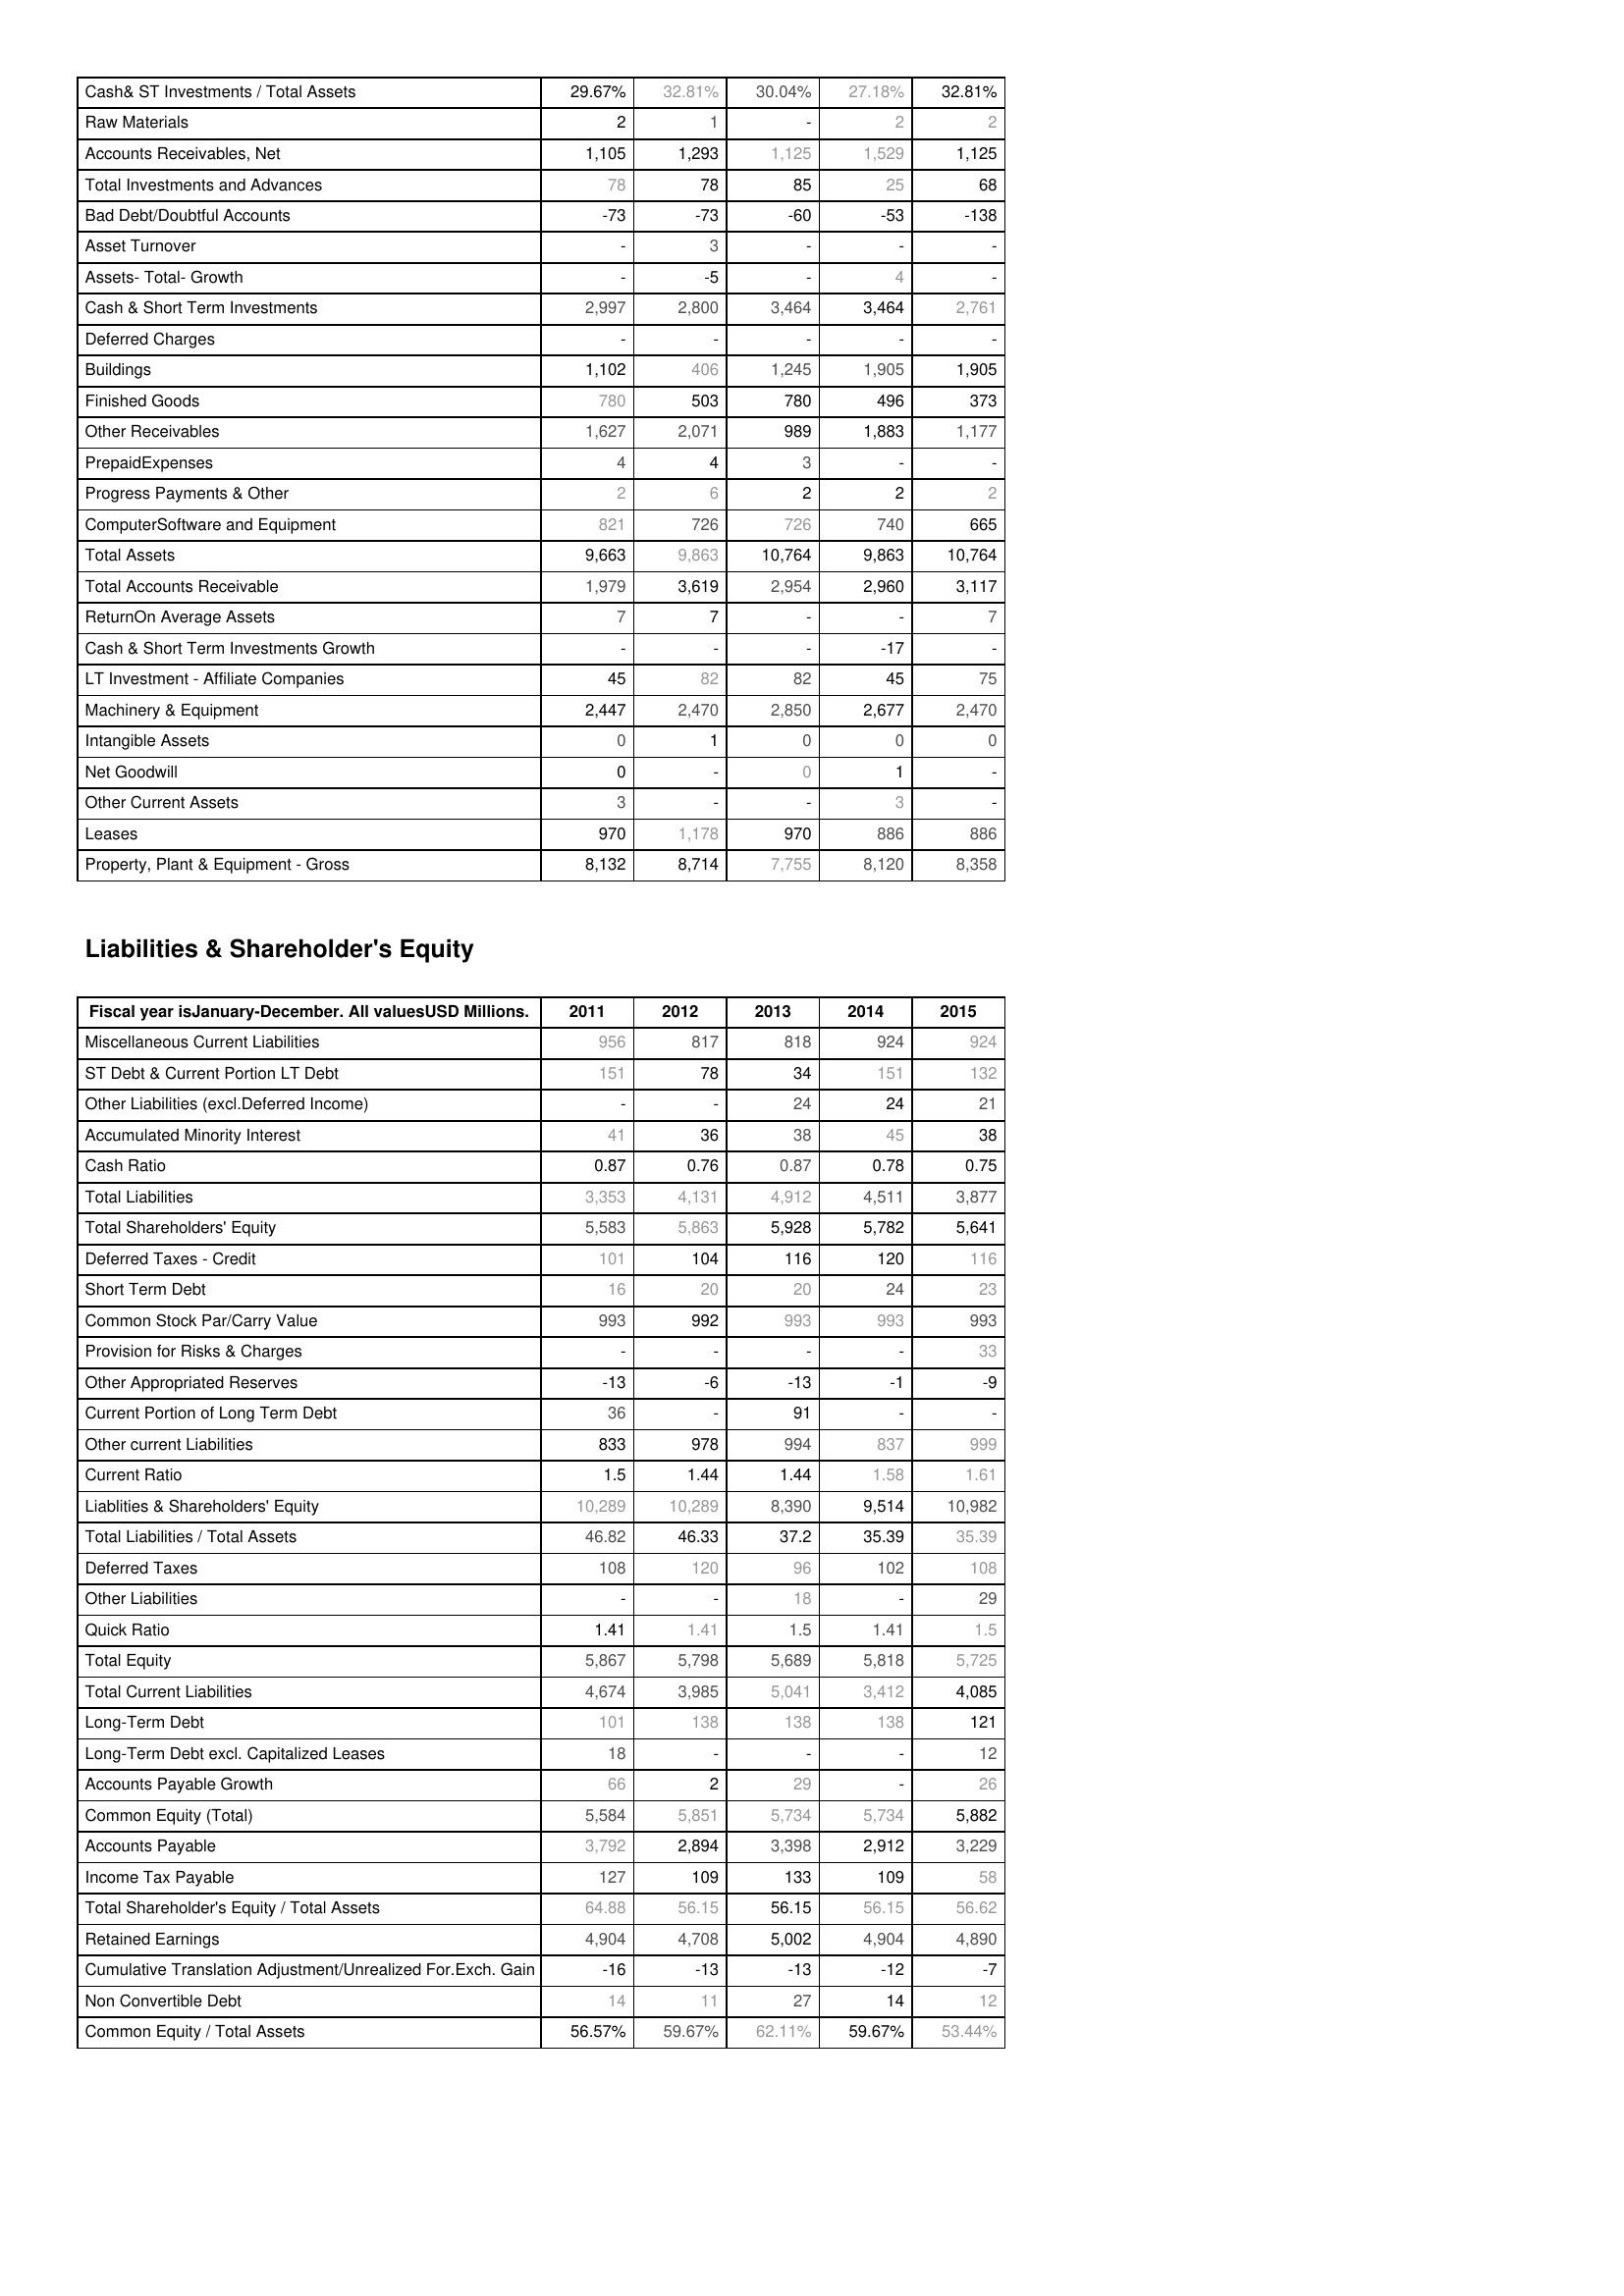
2011: Assets: Cash& ST Investments / Total Assets: 29.67%
Raw Materials: 2
Accounts Receivables, Net: 1,105
Total Investments and Advances: 78
Bad Debt/Doubtful Accounts: -73
Asset Turnover: -
Assets- Total- Growth: -
Cash & Short Term Investments: 2,997
Deferred Charges: -
Buildings: 1,102
Finished Goods: 780
Other Receivables: 1,627
PrepaidExpenses: 4
Progress Payments & Other: 2
ComputerSoftware and Equipment: 821
Total Assets: 9,663
Total Accounts Receivable: 1,979
ReturnOn Average Assets: 7
Cash & Short Term Investments Growth: -
LT Investment - Affiliate Companies: 45
Machinery & Equipment: 2,447
Intangible Assets: 0
Net Goodwill: 0
Other Current Assets: 3
Leases: 970
Property, Plant & Equipment - Gross : 8,132
Liabilities & Shareholder's Equity: Miscellaneous Current Liabilities: 956
ST Debt & Current Portion LT Debt: 151
Other Liabilities (excl.Deferred Income): -
Accumulated Minority Interest: 41
Cash Ratio: 0.87
Total Liabilities: 3,353
Total Shareholders' Equity: 5,583
Deferred Taxes - Credit: 101
Short Term Debt: 16
Common Stock Par/Carry Value: 993
Provision for Risks & Charges: -
Other Appropriated Reserves: -13
Current Portion of Long Term Debt: 36
Other current Liabilities: 833
Current Ratio: 1.5
Liablities & Shareholders' Equity: 10,289
Total Liabilities / Total Assets: 46.82
Deferred Taxes: 108
Other Liabilities: -
Quick Ratio: 1.41
Total Equity: 5,867
Total Current Liabilities: 4,674
Long-Term Debt: 101
Long-Term Debt excl. Capitalized Leases: 18
Accounts Payable Growth: 66
Common Equity (Total): 5,584
Accounts Payable: 3,792
Income Tax Payable: 127
Total Shareholder's Equity / Total Assets: 64.88
Retained Earnings: 4,904
Cumulative Translation Adjustment/Unrealized For.Exch. Gain: -16
Non Convertible Debt: 14
Common Equity / Total Assets: 56.57%
2012: Assets: Cash& ST Investments / Total Assets: 32.81%
Raw Materials: 1
Accounts Receivables, Net: 1,293
Total Investments and Advances: 78
Bad Debt/Doubtful Accounts: -73
Asset Turnover: 3
Assets- Total- Growth: -5
Cash & Short Term Investments: 2,800
Deferred Charges: -
Buildings: 406
Finished Goods: 503
Other Receivables: 2,071
PrepaidExpenses: 4
Progress Payments & Other: 6
ComputerSoftware and Equipment: 726
Total Assets: 9,863
Total Accounts Receivable: 3,619
ReturnOn Average Assets: 7
Cash & Short Term Investments Growth: -
LT Investment - Affiliate Companies: 82
Machinery & Equipment: 2,470
Intangible Assets: 1
Net Goodwill: -
Other Current Assets: -
Leases: 1,178
Property, Plant & Equipment - Gross : 8,714
Liabilities & Shareholder's Equity: Miscellaneous Current Liabilities: 817
ST Debt & Current Portion LT Debt: 78
Other Liabilities (excl.Deferred Income): -
Accumulated Minority Interest: 36
Cash Ratio: 0.76
Total Liabilities: 4,131
Total Shareholders' Equity: 5,863
Deferred Taxes - Credit: 104
Short Term Debt: 20
Common Stock Par/Carry Value: 992
Provision for Risks & Charges: -
Other Appropriated Reserves: -6
Current Portion of Long Term Debt: -
Other current Liabilities: 978
Current Ratio: 1.44
Liablities & Shareholders' Equity: 10,289
Total Liabilities / Total Assets: 46.33
Deferred Taxes: 120
Other Liabilities: -
Quick Ratio: 1.41
Total Equity: 5,798
Total Current Liabilities: 3,985
Long-Term Debt: 138
Long-Term Debt excl. Capitalized Leases: -
Accounts Payable Growth: 2
Common Equity (Total): 5,851
Accounts Payable: 2,894
Income Tax Payable: 109
Total Shareholder's Equity / Total Assets: 56.15
Retained Earnings: 4,708
Cumulative Translation Adjustment/Unrealized For.Exch. Gain: -13
Non Convertible Debt: 11
Common Equity / Total Assets: 59.67%
2013: Assets: Cash& ST Investments / Total Assets: 30.04%
Raw Materials: -
Accounts Receivables, Net: 1,125
Total Investments and Advances: 85
Bad Debt/Doubtful Accounts: -60
Asset Turnover: -
Assets- Total- Growth: -
Cash & Short Term Investments: 3,464
Deferred Charges: -
Buildings: 1,245
Finished Goods: 780
Other Receivables: 989
PrepaidExpenses: 3
Progress Payments & Other: 2
ComputerSoftware and Equipment: 726
Total Assets: 10,764
Total Accounts Receivable: 2,954
ReturnOn Average Assets: -
Cash & Short Term Investments Growth: -
LT Investment - Affiliate Companies: 82
Machinery & Equipment: 2,850
Intangible Assets: 0
Net Goodwill: 0
Other Current Assets: -
Leases: 970
Property, Plant & Equipment - Gross : 7,755
Liabilities & Shareholder's Equity: Miscellaneous Current Liabilities: 818
ST Debt & Current Portion LT Debt: 34
Other Liabilities (excl.Deferred Income): 24
Accumulated Minority Interest: 38
Cash Ratio: 0.87
Total Liabilities: 4,912
Total Shareholders' Equity: 5,928
Deferred Taxes - Credit: 116
Short Term Debt: 20
Common Stock Par/Carry Value: 993
Provision for Risks & Charges: -
Other Appropriated Reserves: -13
Current Portion of Long Term Debt: 91
Other current Liabilities: 994
Current Ratio: 1.44
Liablities & Shareholders' Equity: 8,390
Total Liabilities / Total Assets: 37.2
Deferred Taxes: 96
Other Liabilities: 18
Quick Ratio: 1.5
Total Equity: 5,689
Total Current Liabilities: 5,041
Long-Term Debt: 138
Long-Term Debt excl. Capitalized Leases: -
Accounts Payable Growth: 29
Common Equity (Total): 5,734
Accounts Payable: 3,398
Income Tax Payable: 133
Total Shareholder's Equity / Total Assets: 56.15
Retained Earnings: 5,002
Cumulative Translation Adjustment/Unrealized For.Exch. Gain: -13
Non Convertible Debt: 27
Common Equity / Total Assets: 62.11%
2014: Assets: Cash& ST Investments / Total Assets: 27.18%
Raw Materials: 2
Accounts Receivables, Net: 1,529
Total Investments and Advances: 25
Bad Debt/Doubtful Accounts: -53
Asset Turnover: -
Assets- Total- Growth: 4
Cash & Short Term Investments: 3,464
Deferred Charges: -
Buildings: 1,905
Finished Goods: 496
Other Receivables: 1,883
PrepaidExpenses: -
Progress Payments & Other: 2
ComputerSoftware and Equipment: 740
Total Assets: 9,863
Total Accounts Receivable: 2,960
ReturnOn Average Assets: -
Cash & Short Term Investments Growth: -17
LT Investment - Affiliate Companies: 45
Machinery & Equipment: 2,677
Intangible Assets: 0
Net Goodwill: 1
Other Current Assets: 3
Leases: 886
Property, Plant & Equipment - Gross : 8,120
Liabilities & Shareholder's Equity: Miscellaneous Current Liabilities: 924
ST Debt & Current Portion LT Debt: 151
Other Liabilities (excl.Deferred Income): 24
Accumulated Minority Interest: 45
Cash Ratio: 0.78
Total Liabilities: 4,511
Total Shareholders' Equity: 5,782
Deferred Taxes - Credit: 120
Short Term Debt: 24
Common Stock Par/Carry Value: 993
Provision for Risks & Charges: -
Other Appropriated Reserves: -1
Current Portion of Long Term Debt: -
Other current Liabilities: 837
Current Ratio: 1.58
Liablities & Shareholders' Equity: 9,514
Total Liabilities / Total Assets: 35.39
Deferred Taxes: 102
Other Liabilities: -
Quick Ratio: 1.41
Total Equity: 5,818
Total Current Liabilities: 3,412
Long-Term Debt: 138
Long-Term Debt excl. Capitalized Leases: -
Accounts Payable Growth: -
Common Equity (Total): 5,734
Accounts Payable: 2,912
Income Tax Payable: 109
Total Shareholder's Equity / Total Assets: 56.15
Retained Earnings: 4,904
Cumulative Translation Adjustment/Unrealized For.Exch. Gain: -12
Non Convertible Debt: 14
Common Equity / Total Assets: 59.67%
2015: Assets: Cash& ST Investments / Total Assets: 32.81%
Raw Materials: 2
Accounts Receivables, Net: 1,125
Total Investments and Advances: 68
Bad Debt/Doubtful Accounts: -138
Asset Turnover: -
Assets- Total- Growth: -
Cash & Short Term Investments: 2,761
Deferred Charges: -
Buildings: 1,905
Finished Goods: 373
Other Receivables: 1,177
PrepaidExpenses: -
Progress Payments & Other: 2
ComputerSoftware and Equipment: 665
Total Assets: 10,764
Total Accounts Receivable: 3,117
ReturnOn Average Assets: 7
Cash & Short Term Investments Growth: -
LT Investment - Affiliate Companies: 75
Machinery & Equipment: 2,470
Intangible Assets: 0
Net Goodwill: -
Other Current Assets: -
Leases: 886
Property, Plant & Equipment - Gross : 8,358
Liabilities & Shareholder's Equity: Miscellaneous Current Liabilities: 924
ST Debt & Current Portion LT Debt: 132
Other Liabilities (excl.Deferred Income): 21
Accumulated Minority Interest: 38
Cash Ratio: 0.75
Total Liabilities: 3,877
Total Shareholders' Equity: 5,641
Deferred Taxes - Credit: 116
Short Term Debt: 23
Common Stock Par/Carry Value: 993
Provision for Risks & Charges: 33
Other Appropriated Reserves: -9
Current Portion of Long Term Debt: -
Other current Liabilities: 999
Current Ratio: 1.61
Liablities & Shareholders' Equity: 10,982
Total Liabilities / Total Assets: 35.39
Deferred Taxes: 108
Other Liabilities: 29
Quick Ratio: 1.5
Total Equity: 5,725
Total Current Liabilities: 4,085
Long-Term Debt: 121
Long-Term Debt excl. Capitalized Leases: 12
Accounts Payable Growth: 26
Common Equity (Total): 5,882
Accounts Payable: 3,229
Income Tax Payable: 58
Total Shareholder's Equity / Total Assets: 56.62
Retained Earnings: 4,890
Cumulative Translation Adjustment/Unrealized For.Exch. Gain: -7
Non Convertible Debt: 12
Common Equity / Total Assets: 53.44%